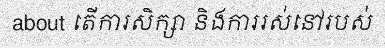
about តើការសិក្សា និងការរស់នៅរបស់